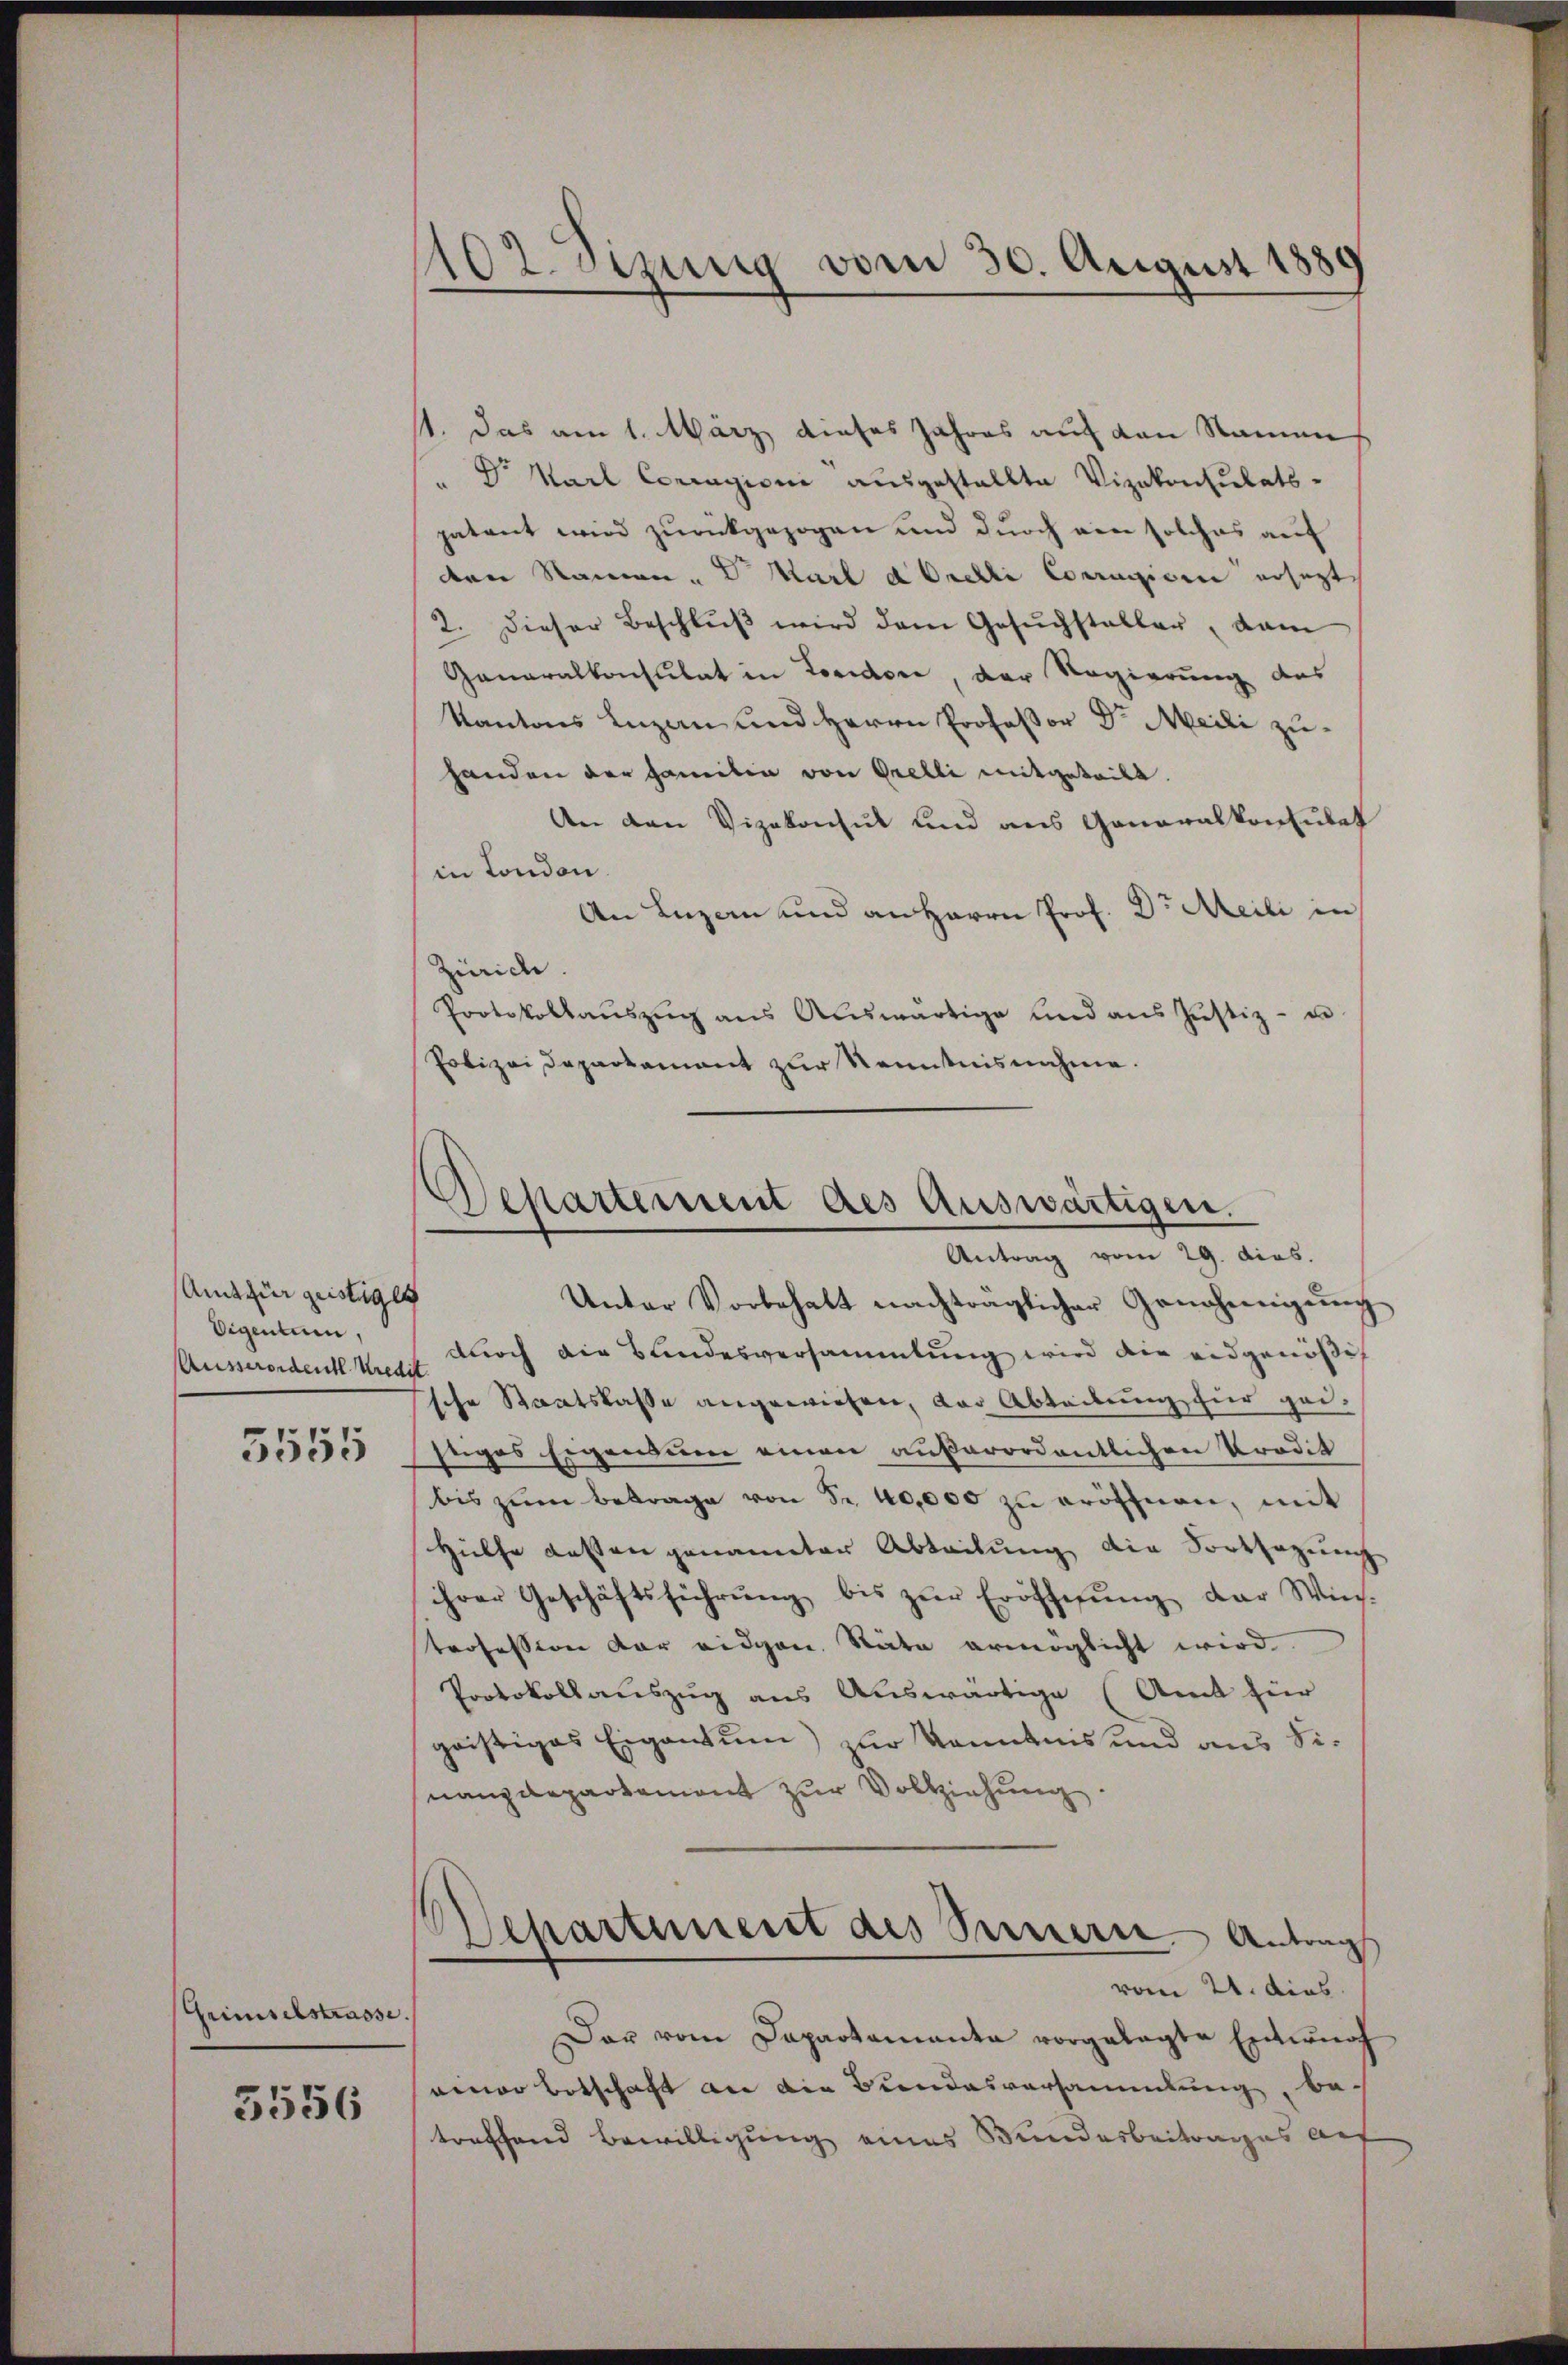
Amt für geistiges
Eigentum,
Ausserordentl. Kredit
5555

Heimselstrasse.

5556

102. Sizung vom 30. August 1880

st. Das am 1. März dieses Jahres auf den Namen
" Dr. Marl Corragioni ausgestellte Vizekonsulats-
patent wird zurückgezogen und durch ein solches auf
den Namen. Karl d Orelli Corrigieri ersezt
2. dieser Beschlŭβ wird dem Gesŭchstaller, dam
Generalkonsulat in Loridore, der Regierung des
Kantons Luzan und Herrn Professor Dr. Meili zuhanden der Familia von Grelli mitgeteilt.
An den Vizekonsul und aus Generalkonsulet
in London.
An Luzern und an Herrn Prof. Dr Meili in
Zürich
Protokollaŭszŭg aŭs Aŭswärtige und ans Justiz- u
Polizei Departament zur Kenntnisnahme.

Departement des Auswärtigen.
Antrag vom 29. dies.

Unter Vorbehalt nachträglicher Genehmigŭng
durch die Bundesversammlung wird die eidgenößig
sche Staatskasse angewiesen, der Abteilung für gei-
stiges Eigensum einen außerordentlichen Prodik
bis zŭm Betrage von Fr. 40,000 zŭ eröffnen, mit
Hülfe gesten genannter Abteilŭng die Fortsagung
ihrer Geschäftsführŭng bis zŭr Eröffnŭng der Wins-
Profession der eidgen. Stäte ermöglicht wird.
Protokollauszug aus Auswärtige (Amt zur
goistiges Eigentum) zur kanntnis und aus Sinanzdepartement zŭr Vollziehŭng
Departement des Sinnern Antrag
vom 21. dies
Der vom Dapartamanta vorgelegte Entwurf
einer Botschaft an die Bundesversammlung, betreffend Bewilligung eines Bundesbeitrages aus